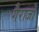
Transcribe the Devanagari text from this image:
गैराजों